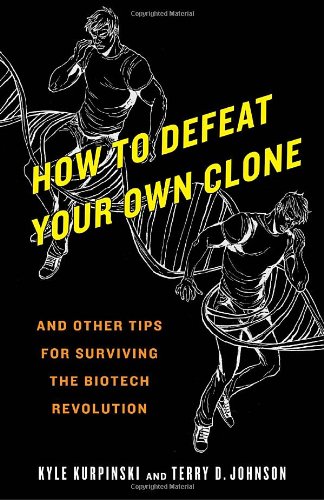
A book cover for How to Defeat Your Own Clone: And Other Tips for Surviving the Biotech Revolution; Kyle Kurpinski; Humor & Entertainment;